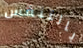
بالتنفس